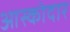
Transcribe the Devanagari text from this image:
आस्कोदार